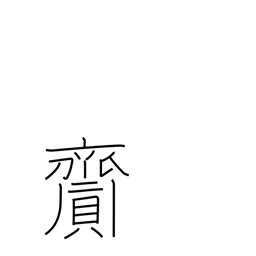
Meaning: bring about